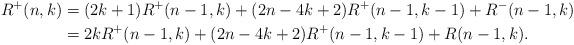
LaTeX: \begin{align*}R^+(n,k)&=(2k+1)R^+(n-1,k)+(2n-4k+2)R^+(n-1,k-1)+R^-(n-1,k)\\&=2kR^+(n-1,k)+(2n-4k+2)R^+(n-1,k-1)+R(n-1,k).\end{align*}